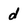
Character: d